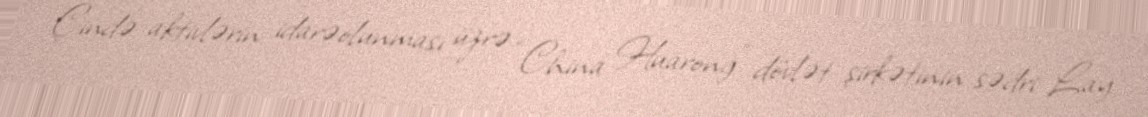
Çində aktivlərin idarəolunması üzrə “China Huarong” dövlət şirkətinin sədri Lay